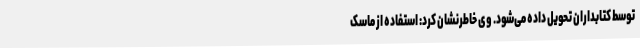
توسط کتابداران تحویل داده می‌شود. وی خاطرنشان کرد: استفاده از ماسک